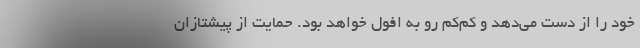
خود را از دست می‌دهد و کم‌کم رو به افول خواهد بود. حمایت از پیشتازان